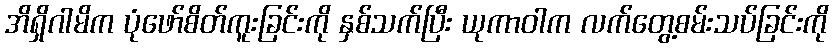
အိရှိဂါမိက ပုံဖော်စိတ်ကူးခြင်းကို နှစ်သက်ပြီး ယုကာဝါက လက်တွေ့စမ်းသပ်ခြင်းကို